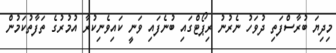
މިދިޔަ ބުރާސްފަތި ދުވަހު ނެރުނު ރިޕޯޓްގައި ބުނެފައި ވަނީ ކައިވެނިކުރާ އުމުރުގެ ތަފާތުކަމުން